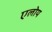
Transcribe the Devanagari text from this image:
एलोय